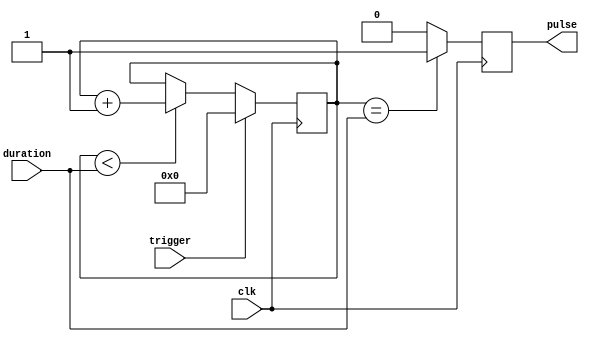
module one_shot_timer(
    input trigger,
    input clk,
    input [7:0] duration,
    output reg pulse
);

reg [7:0] count;

always @(posedge clk) begin
    if(trigger) begin
        count <= 0;
    end else if(count < duration) begin
        count <= count + 1;
    end
    
    if(count == duration) begin
        pulse <= 1;
    end else begin
        pulse <= 0;
    end
end

endmodule